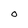
Character: O